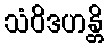
သံဝိဒဟန္တိ